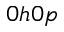
0 h 0 p